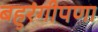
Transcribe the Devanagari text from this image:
बहुरंगीपणा